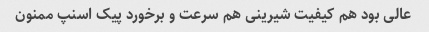
عالی بود هم کیفیت شیرینی هم سرعت و برخورد پیک اسنپ ممنون